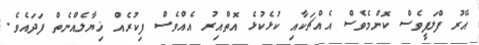
އޭރު ފްލަފީވެސް ކޮންމެވެސް އެއްޗަކާއި ކުޅެކުޅެ އޮތްއިރު އެއްވެސް ފިކުރެއް ޚިޔާލެއްނެތް ފަދައެވެ.